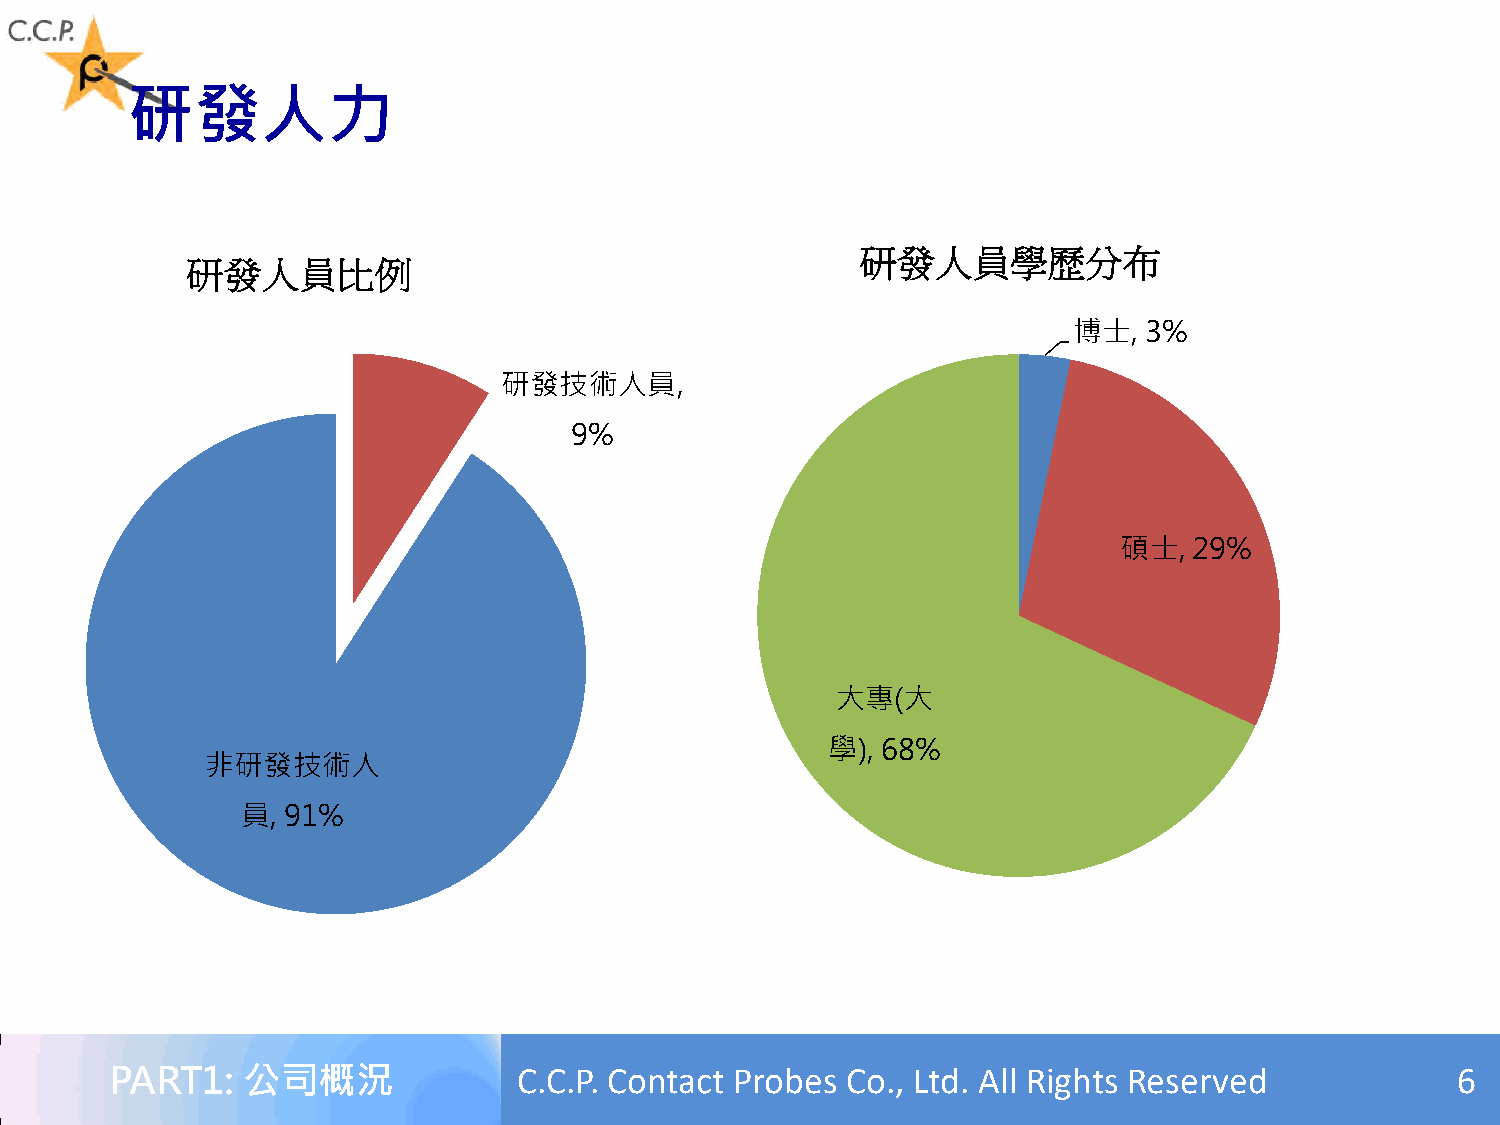
研發人力
 研發人員學歷分布
 研發人員比例
 博士,  3%
 研發技術人員,
 9%
 碩士,  29%
 大專(大
 學), 68%
 非研發技術人
 員, 91%
 PART1:   公司概況              C.C.P. Contact Probes Co., Ltd. All Rights Reserved           6